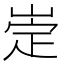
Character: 𡹦